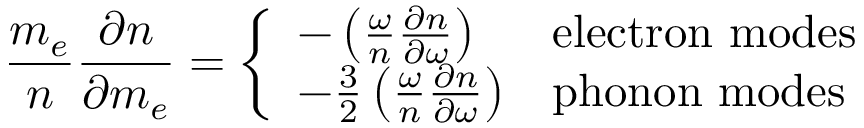
\frac { m _ { e } } { n } \frac { \partial n } { \partial m _ { e } } = \left\{ \begin{array} { l l } { - \left( \frac { \omega } { n } \frac { \partial n } { \partial \omega } \right) } & { \mathrm { e l e c t r o n ~ m o d e s } } \\ { - \frac { 3 } { 2 } \left( \frac { \omega } { n } \frac { \partial n } { \partial \omega } \right) } & { \mathrm { p h o n o n ~ m o d e s } } \end{array} \right.